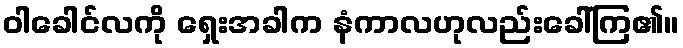
ဝါခေါင်လကို ရှေးအခါက နံကာလဟုလည်းခေါ်ကြ၏။